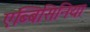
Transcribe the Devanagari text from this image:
एब्बिसिनिया